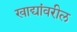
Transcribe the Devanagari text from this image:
खाद्यांवरील